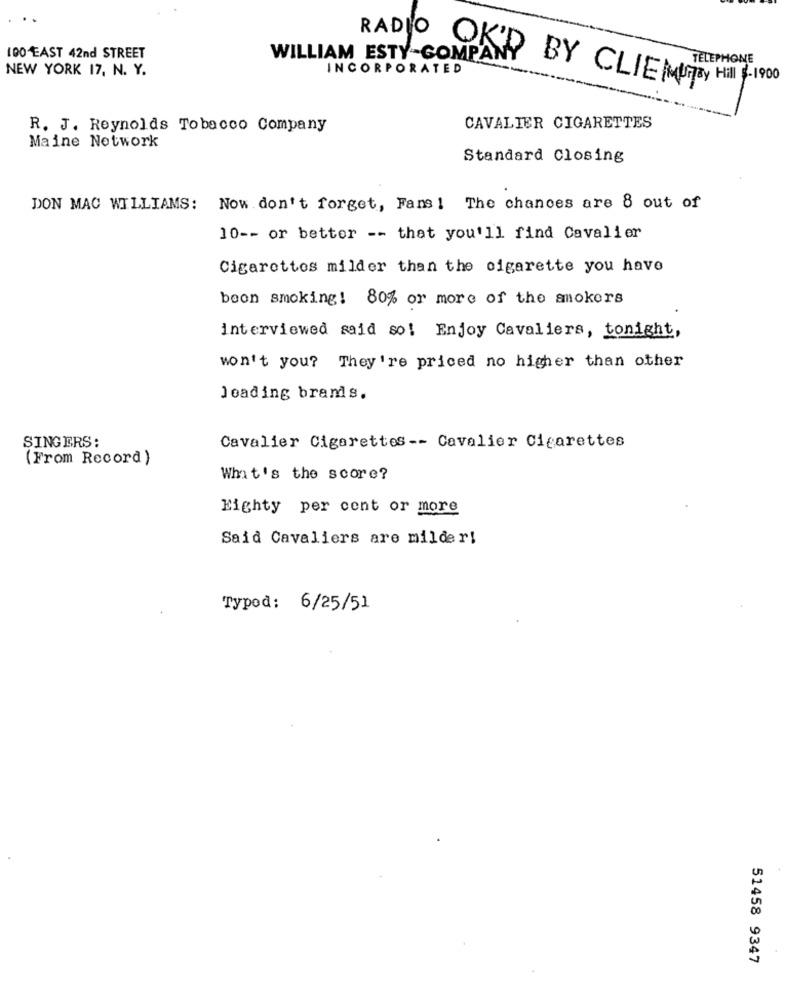
100 EAST 42nd STREET
WILLIAM ESTY-COMPANY
TELEPHONE
NEW YORK 17, N. Y.
INCORPORATED
RADIO OKD BY CLIE MUTBy Hill - 1900
R. J. Reynolds Tobacco Company
CAVALIER CIGARETTES
Maine Notwork
Standard Closing
DON MAC WILLIAMS: Now.don't forget, Fans 1 The chances are 8 out of
10 -- or better -- that you'll find Cavalier
Cigarettes milder than the cigarette you have
boon smoking! 80% or more of the smokers
interviewed said so! Enjoy Cavaliers, tonight,
won't you? They're priced no higher than other
Jeading brands.
SINGERS:
Cavalier Cigarettes -- Cavalier Cigarettes
(From Record )
What's the score?
Eighty per cent or more
Said Cavaliers are milder!
Typod: 6/25/51
51458 9347